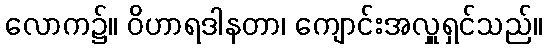
လောက၌။ ဝိဟာရဒါနတာ၊ ကျောင်းအလှူရှင်သည်။